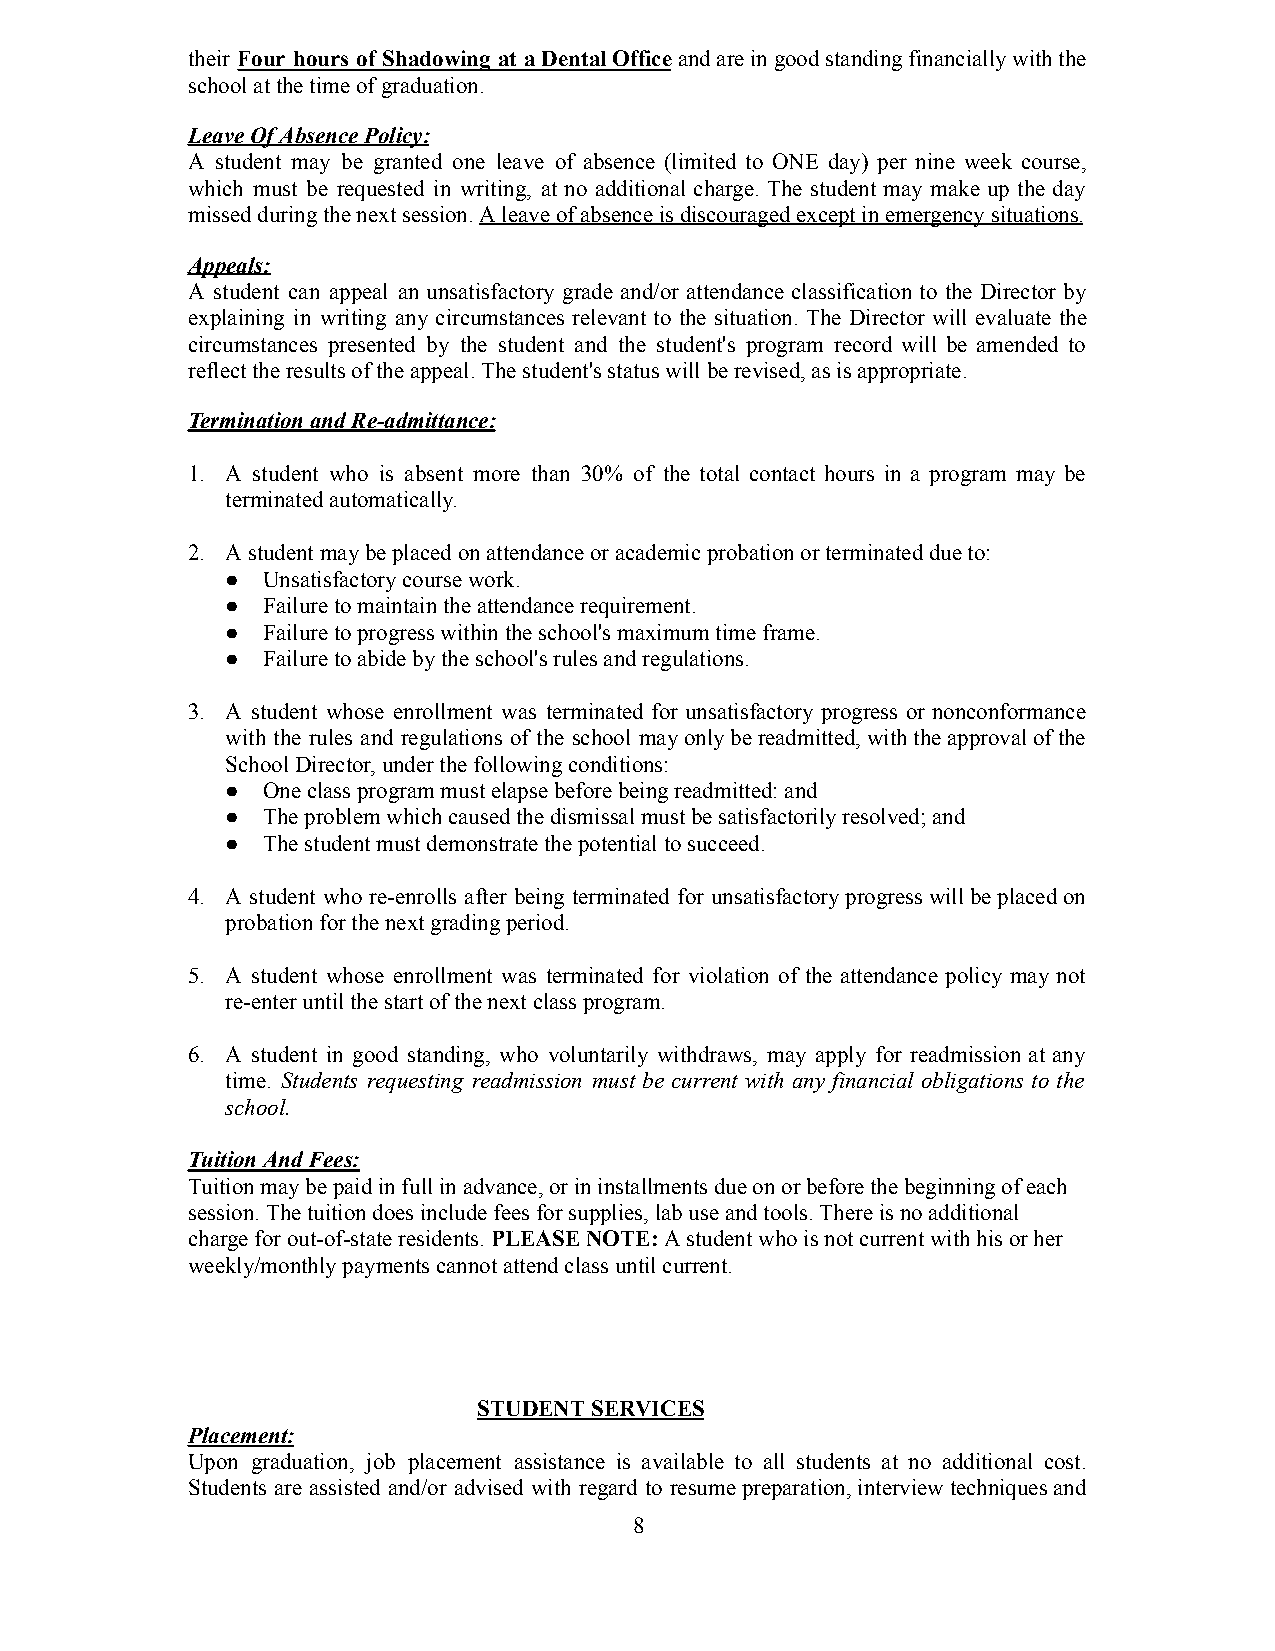
their Four hours of Shadowing at aDentalOfficeandareingoodstandingfinanciallywiththe
 schoolatthetimeofgraduation.
 LeaveOfAbsencePolicy:
 A student may be granted one leave of absence (limited to ONE day) per nine week course,
 which must be requested in writing, at no additional charge. The student may make up the day
 missedduringthenextsession.Aleaveofabsenceisdiscouragedexceptinemergencysituations.
 Appeals:
 A student can appeal an unsatisfactory grade and/or attendance classification to the Director by
 explaining in writing any circumstances relevant to the situation. The Director will evaluate the
 circumstances presented by the student and the student's program record will be amended to
 reflecttheresultsoftheappeal.Thestudent'sstatuswillberevised,asisappropriate.
 TerminationandRe-admittance:
 1. A student who is absent more than 30% of the total contact hours in a program may be
 terminatedautomatically.
 2. Astudentmaybeplacedonattendanceoracademicprobationorterminateddueto:
 ● Unsatisfactorycoursework.
 ● Failuretomaintaintheattendancerequirement.
 ● Failuretoprogresswithintheschool'smaximumtimeframe.
 ● Failuretoabidebytheschool'srulesandregulations.
 3. A student whose enrollment was terminated for unsatisfactory progress or nonconformance
 with the rules and regulations of the school mayonlybereadmitted,withtheapprovalofthe
 SchoolDirector,underthefollowingconditions:
 ● Oneclassprogrammustelapsebeforebeingreadmitted:and
 ● Theproblemwhichcausedthedismissalmustbesatisfactorilyresolved;and
 ● Thestudentmustdemonstratethepotentialtosucceed.
 4. A student who re-enrolls after being terminated for unsatisfactoryprogresswillbeplacedon
 probationforthenextgradingperiod.
 5. A student whose enrollment was terminated for violation of the attendance policy may not
 re-enteruntilthestartofthenextclassprogram.
 6. A student in good standing, who voluntarily withdraws, may apply for readmission at any
 time. Students requesting readmission must be current with any financial obligations to the
 school.
 TuitionAndFees:
 Tuitionmaybepaidinfullinadvance,orininstallmentsdueonorbeforethebeginningofeach
 session.Thetuitiondoesincludefeesforsupplies,labuseandtools.Thereisnoadditional
 chargeforout-of-stateresidents.PLEASENOTE:Astudentwhoisnotcurrentwithhisorher
 weekly/monthlypaymentscannotattendclassuntilcurrent.
 STUDENTSERVICES
 Placement:
 Upon graduation, job placement assistance is available to all students at no additional cost.
 Students are assisted and/or advised with regard to resumepreparation,interviewtechniquesand
 8